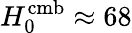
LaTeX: H_{0}^{\mathrm{cmb}}\approx 68